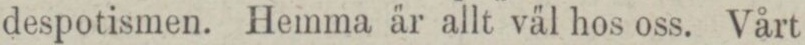
despotismen. Hemma är allt väl hos oss. Vårt